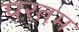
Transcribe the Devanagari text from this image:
परतम